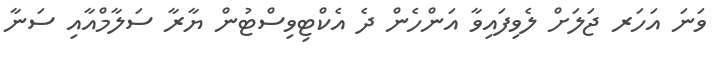
ވަނަ އަހަރ ޖަލަށް ލެވިފައިވާ އަންހެން ދެ އެކްޓިވިސްޓުން ޔާރާ ސަލާމްއާއި ސަނާ